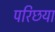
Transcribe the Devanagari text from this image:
परिछया